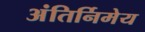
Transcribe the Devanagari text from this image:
अंतिर्निमेय